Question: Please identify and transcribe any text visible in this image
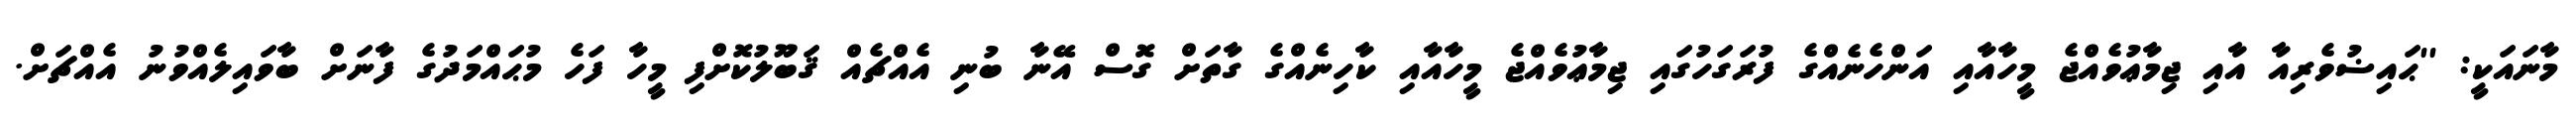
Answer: މާނައަކީ: ''ޙައިޟުވެރިއާ އާއި ޖިމާޢުވެއްޖެ މީހާއާއި އަންހެނެއްގެ ފުރަގަހުގައި ޖިމާޢުވެއްޖެ މީހާއާއި ކާހިނެއްގެ ގާތަށް ގޮސް އޭނާ ބުނި އެއްޗެއް ޤަބޫލުކޮށްފި މީހާ ފަހެ މުޙައްމަދުގެ ފާނަށް ބާވައިލެއްވުނު އެއްޗަށް.